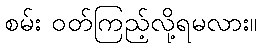
စမ်း ဝတ်ကြည့်လို့ရမလား။